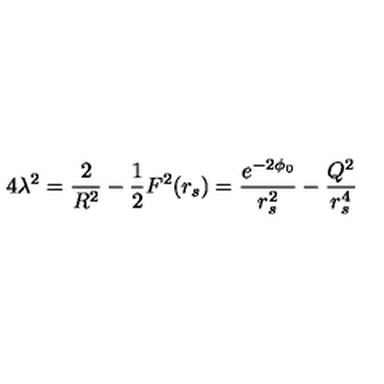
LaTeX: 4 \lambda ^ { 2 } = \frac { 2 } { R ^ { 2 } } - \frac { 1 } { 2 } F ^ { 2 } ( r _ { s } ) = \frac { e ^ { - 2 \phi _ { 0 } } } { r _ { s } ^ { 2 } } - \frac { Q ^ { 2 } } { r _ { s } ^ { 4 } }